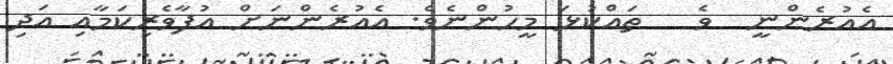
އެއުރެންނީ  ވެ   ތައްކުޅަ މީހުންނެވެ. އެއުރެންނަށް އުފާވެރިކަމާއި އަދި